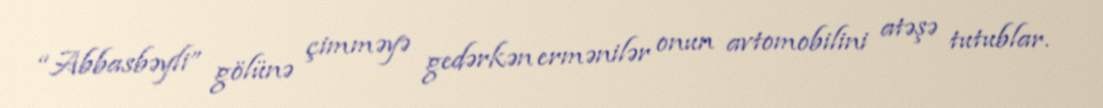
“Abbasbəyli” gölünə çimməyə gedərkən ermənilər onun avtomobilini atəşə tutublar.